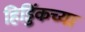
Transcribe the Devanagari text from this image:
हिड्डिंकच्या